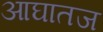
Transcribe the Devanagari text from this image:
आघातज